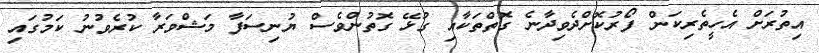
އިތުރަށް އެހީތެރިކަން ފޯރުކޮށްދެވިދާނެ ގޮތްތަކާއި ގުޅޭ ގޮތުންވެސް ޔުނިސަފާ މަޝްވަރާ ކުރެވުނު ކަމުގައި